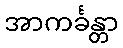
အာကင်္ခန္တာ